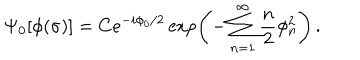
\Psi _ { 0 } [ \phi ( \sigma ) ] = C e ^ { - i \phi _ { 0 } / 2 } \exp \left( - \sum _ { n = 1 } ^ { \infty } \frac { n } { 2 } \phi _ { n } ^ { 2 } \right) \, .